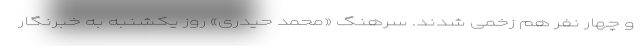
و چهار نفر هم زخمی شدند. سرهنگ «محمد حیدری» روز یکشنبه به خبرنگار